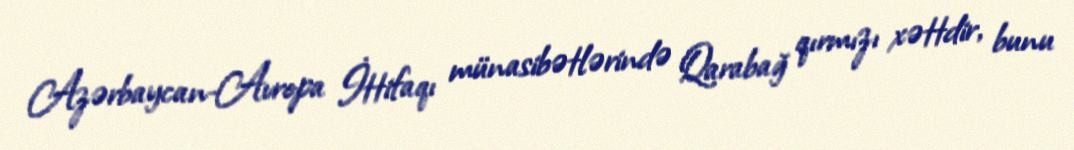
Azərbaycan-Avropa İttifaqı münasibətlərində Qarabağ qırmızı xəttdir, bunu